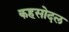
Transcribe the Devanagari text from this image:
कहसोदल